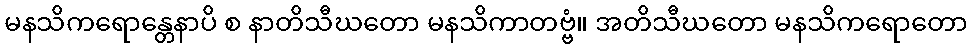
မနသိကရောန္တေနာပိ စ နာတိသီဃတော မနသိကာတဗ္ဗံ။ အတိသီဃတော မနသိကရောတော